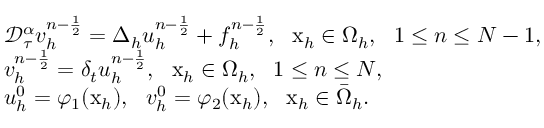
\begin{array} { r l } & { \mathcal { D } _ { \tau } ^ { \alpha } v _ { h } ^ { n - \frac { 1 } { 2 } } = \Delta _ { h } u _ { h } ^ { n - \frac { 1 } { 2 } } + f _ { h } ^ { n - \frac { 1 } { 2 } } , ~ ~ \mathrm { x } _ { h } \in \Omega _ { h } , ~ ~ 1 \le n \le N - 1 , } \\ & { v _ { h } ^ { n - \frac { 1 } { 2 } } = \delta _ { t } u _ { h } ^ { n - \frac { 1 } { 2 } } , ~ ~ \mathrm { x } _ { h } \in \Omega _ { h } , ~ ~ 1 \le n \le N , } \\ & { u _ { h } ^ { 0 } = \varphi _ { 1 } ( \mathrm { x } _ { h } ) , ~ ~ v _ { h } ^ { 0 } = \varphi _ { 2 } ( \mathrm { x } _ { h } ) , ~ ~ \mathrm { x } _ { h } \in \bar { \Omega } _ { h } . } \end{array}